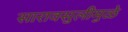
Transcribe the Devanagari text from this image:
सारावसुलीमुळे